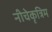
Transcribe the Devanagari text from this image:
नीचेकृत्रिम